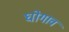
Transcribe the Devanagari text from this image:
घोगाव